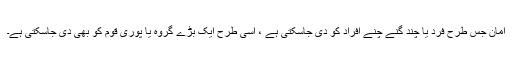
امان جس طرح فرد یا چند گنے چنے افراد کو دی جاسکتی ہے ، اسی طرح ایک بڑے گروہ یا پوری قوم کو بھی دی جاسکتی ہے۔